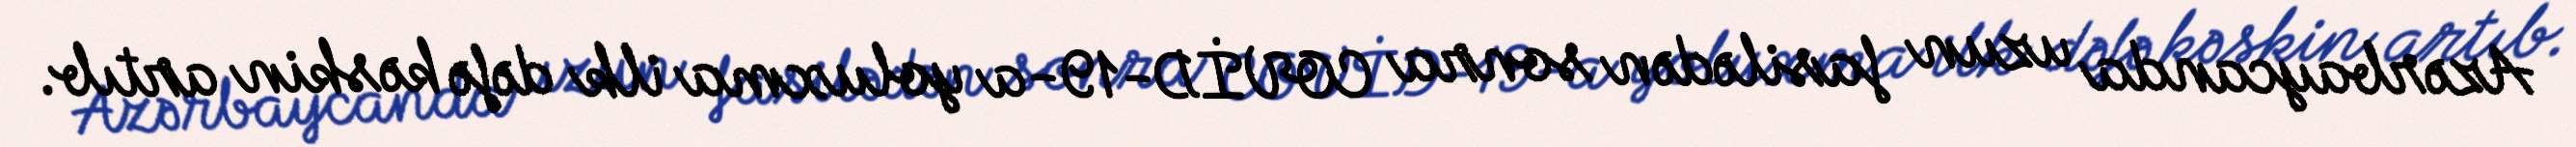
Azərbaycanda uzun fasilədən sonra COVİD-19-a yoluxma ilk dəfə kəskin artıb.